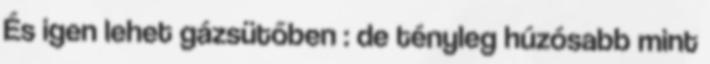
És igen lehet gázsütőben : de tényleg húzósabb mint